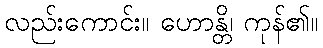
လည်းကောင်း။ ဟောန္တိ၊ ကုန်၏။